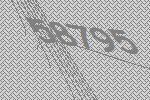
58795